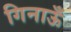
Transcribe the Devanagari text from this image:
गिनाऊँ